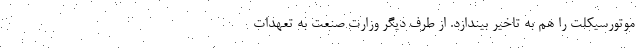
موتورسیکلت را هم به تاخیر بیندازد. از طرف دیگر وزارت صنعت به تعهدات